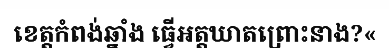
ខេត្តកំពង់ឆ្នាំង ធ្វើអត្តឃាតព្រោះនាង?«